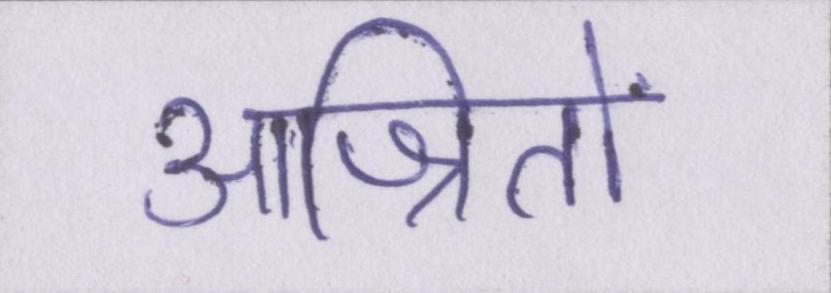
आश्रितों